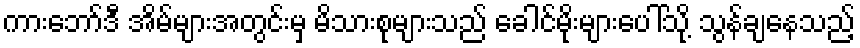
ကားဘော်ဒီ အိမ်များအတွင်းမှ မိသားစုများသည် ခေါင်မိုးများပေါ်သို့ သွန်ချနေသည့်